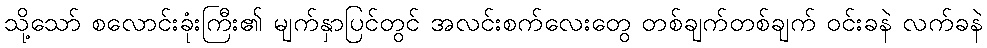
သို့သော် စလောင်းခုံးကြီး၏ မျက်နှာပြင်တွင် အလင်းစက်လေးတွေ တစ်ချက်တစ်ချက် ဝင်းခနဲ လက်ခနဲ